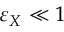
\varepsilon _ { X } \ll 1